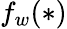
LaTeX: f_{w}(*)